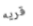
قريه